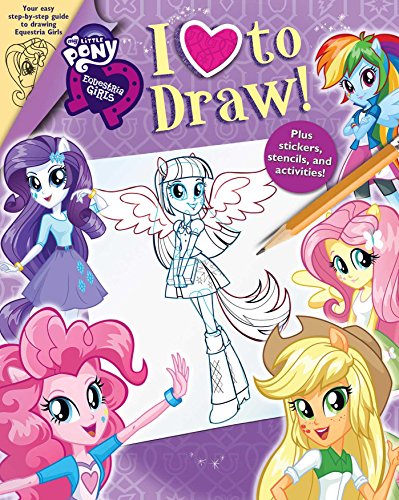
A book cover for My Little Pony: Equestria Girls: I Love to Draw; My Little Pony; Children's Books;